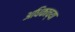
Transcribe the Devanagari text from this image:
अधिकाच्या